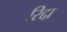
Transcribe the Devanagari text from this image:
रिद्दा